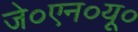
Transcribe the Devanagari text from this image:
जे०एन०यू०